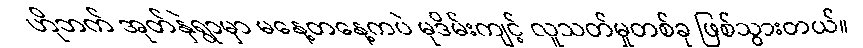
ဟိုဘက် အုတ်နှဲရွာမှာ မနေ့တနေ့ကပဲ မုဒိမ်းကျင့် လူသတ်မှုတစ်ခု ဖြစ်သွားတယ်။